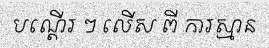
បណ្តើរ ៗ លើស ពី ការស្មាន